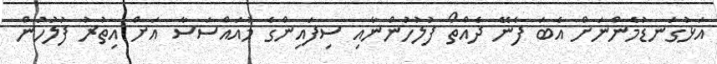
އަޅުގަނޑުމެންނަށް އެބަ ފެނޭ ދެއްތޯ ފުލުހުންނާއި ސިފައިންގެ މުއައްސަސާ އަށް އިތުރު ފުލުހުން